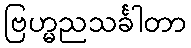
ဗြဟ္မညသင်္ခါတာ